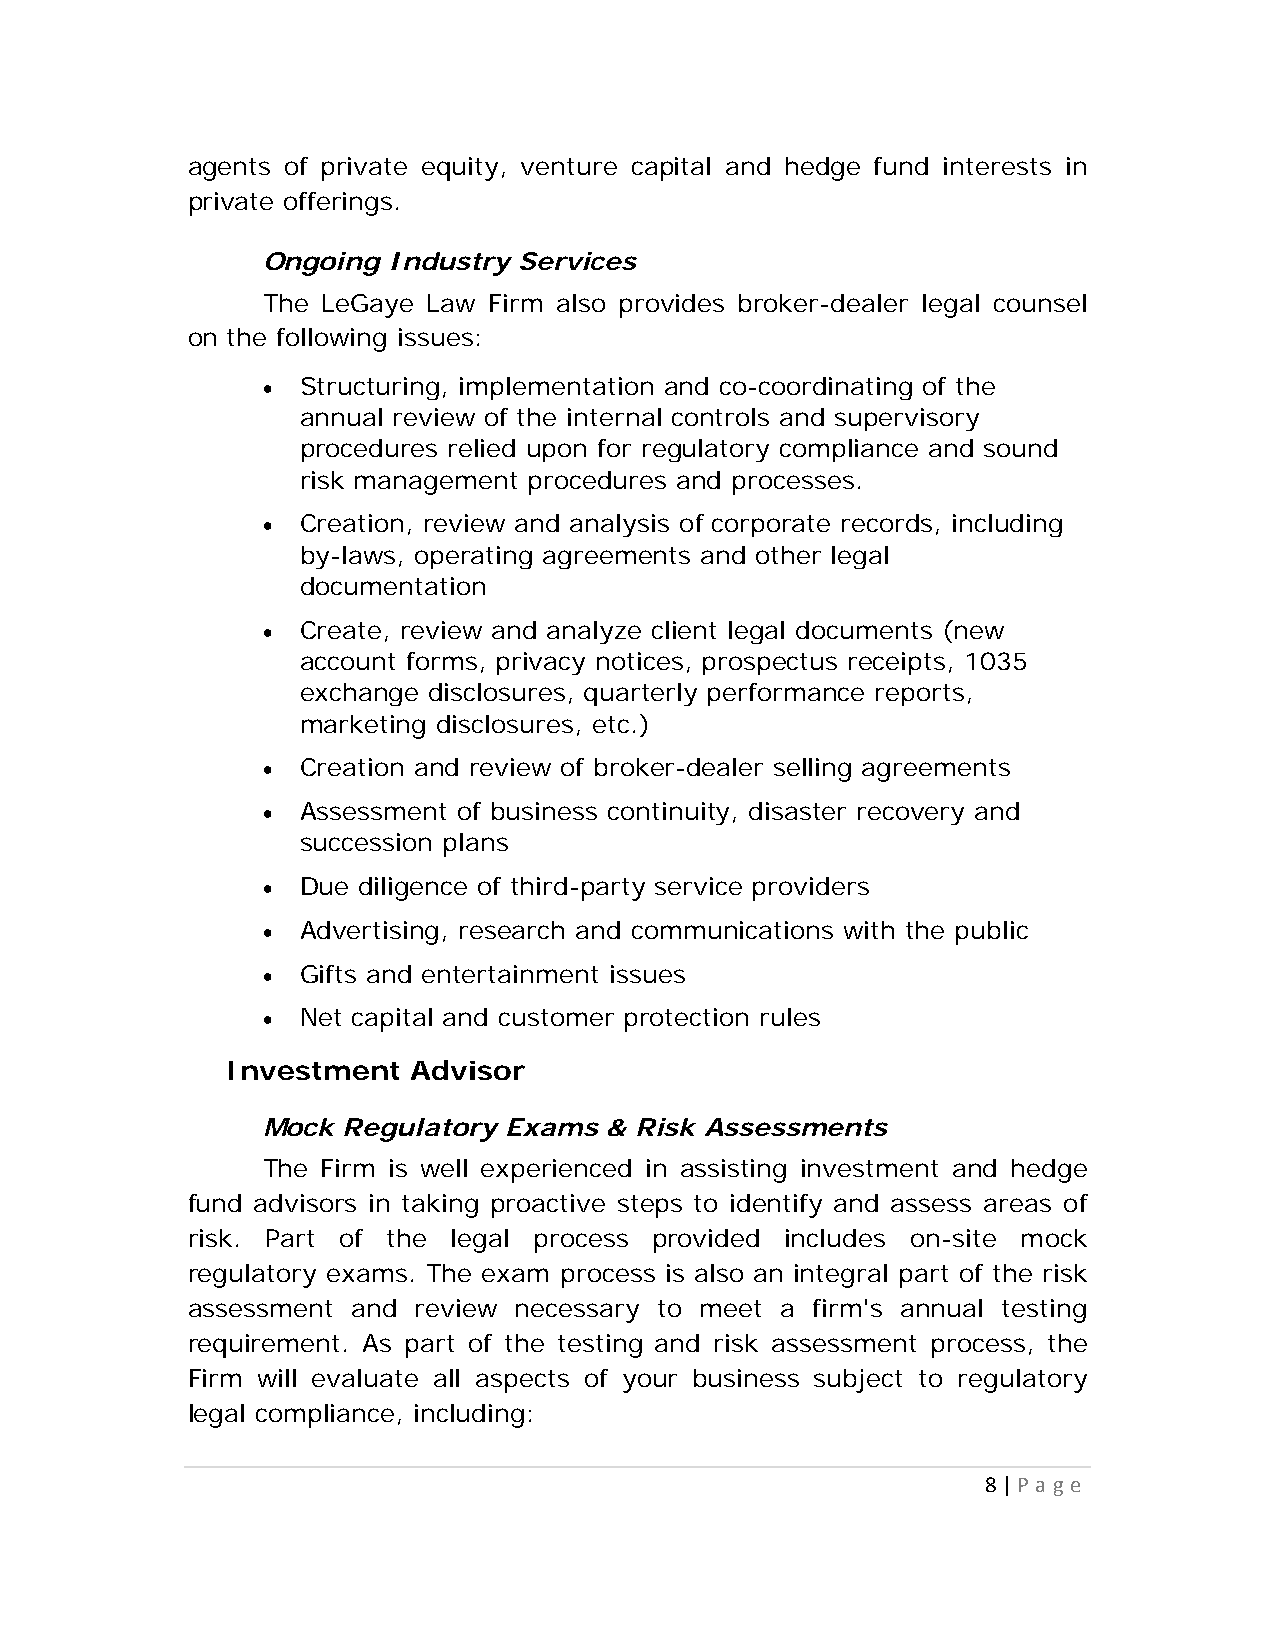
agents of private equity, venture capital and hedge fund interests in
 private offerings.
 Ongoing  Industry Services
 The LeGaye Law Firm also provides broker-dealer legal counsel
 on the following issues:
   Structuring, implementation and co-coordinating of the
 annual review of the internal controls and supervisory
 procedures relied upon for regulatory compliance and sound
 risk management procedures and processes.
   Creation, review and analysis of corporate records, including
 by-laws, operating agreements and other legal
 documentation
   Create, review and analyze client legal documents (new
 account forms, privacy notices, prospectus receipts, 1035
 exchange disclosures, quarterly performance reports,
 marketing disclosures, etc.)
   Creation and review of broker-dealer selling agreements
   Assessment of business continuity, disaster recovery and
 succession plans
   Due diligence of third-party service providers
   Advertising, research and communications with the public
   Gifts and entertainment issues
   Net capital and customer protection rules
 Investment  Advisor
 Mock  Regulatory Exams & Risk Assessments
 The Firm is well experienced in assisting investment and hedge
 fund advisors in taking proactive steps to identify and assess areas of
 risk. Part of the legal process provided includes on-site mock
 regulatory exams. The exam process is also an integral part of the risk
 assessment and review necessary to meet a firm's annual testing
 requirement. As part of the testing and risk assessment process, the
 Firm will evaluate all aspects of your business subject to regulatory
 legal compliance, including:
 8 | P a g e